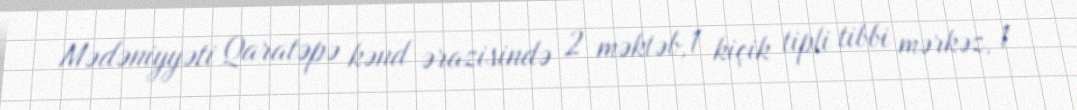
Mədəniyyəti Qaratəpə kənd ərazisində 2 məktəb,1 kiçik tipli tibbi mərkəz, 1